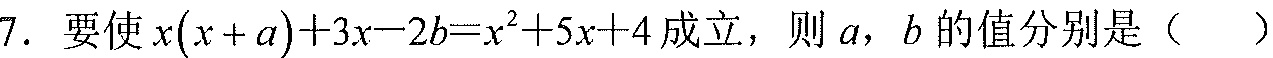
7. 要使\(x(x + a)+3x−2b=x^{2}+5x + 4\)成立，则\(a\)，\(b\)的值分别是（  ）